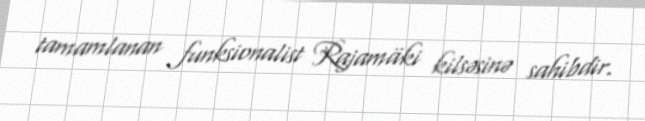
tamamlanan funksionalist Rajamäki kilsəsinə sahibdir.